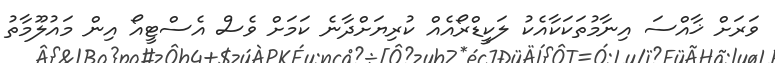
ވަރަށް ޚާއްސަ އިނާމުތަކަކާއެކު ލަކީޑްރޯއެއް ކުރިޔަށްދާނެ ކަމަށް ވެސް އެސްޓީއޯ އިން މައުލޫމާތު